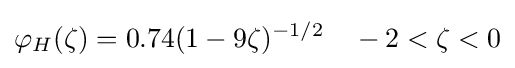
\varphi _{H}(\zeta )=0.74(1-9\zeta )^{-1/2}\quad -2<\zeta <0